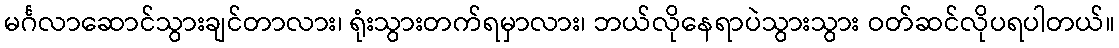
မင်္ဂလာဆောင်သွားချင်တာလား၊ ရုံးသွားတက်ရမှာလား၊ ဘယ်လိုနေရာပဲသွားသွား ဝတ်ဆင်လိုပရပါတယ်။